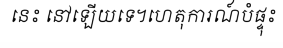
នេះ នៅឡើយទេ។ហេតុការណ៍បំផ្ទុះ